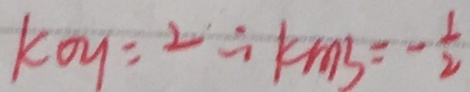
k _ { o y } = 2 \therefore k m _ { 3 } = - \frac { 1 } { 2 }